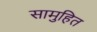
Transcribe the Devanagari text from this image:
सामुहित